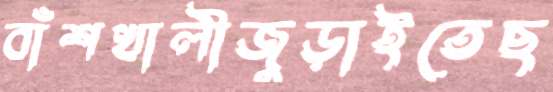
বাঁশখালীজুড়াইতেছ